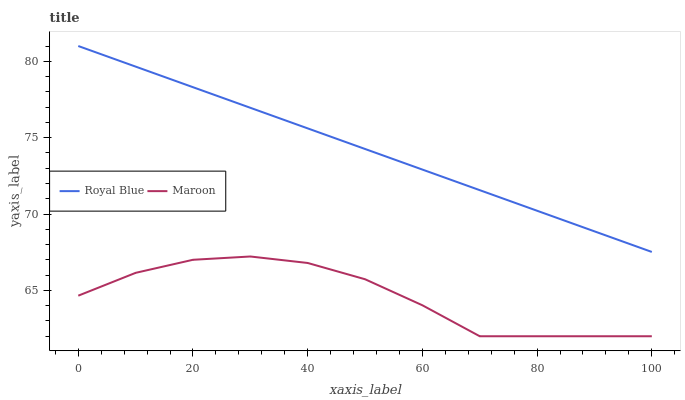
| xaxis_label | Royal Blue | Maroon |
 | --- | --- | --- |
 | 0 | 81 | 64.7 |
 | 10 | 79.7 | 66.2 |
 | 20 | 78.3 | 67 |
 | 30 | 77 | 67.2 |
 | 40 | 75.6 | 66.8 |
 | 50 | 74.3 | 65.7 |
 | 60 | 72.9 | 64 |
 | 70 | 71.6 | 62 |
 | 80 | 70.2 | 62 |
 | 90 | 68.9 | 62 |
 | 100 | 67.5 | 62 |